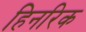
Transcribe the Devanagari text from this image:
हिनरिक